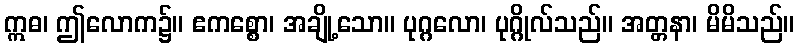
ဣဓ၊ ဤလောက၌။ ဧကစ္စော၊ အချို့သော။ ပုဂ္ဂလော၊ ပုဂ္ဂိုလ်သည်။ အတ္တနာ၊ မိမိသည်။